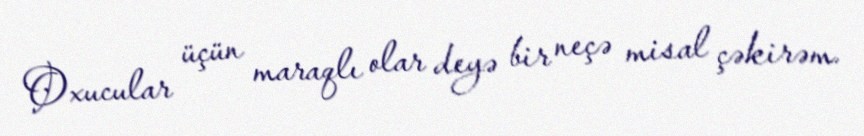
Oxucular üçün maraqlı olar deyə bir neçə misal çəkirəm.